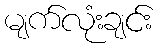
မျက်လုံးချင်း